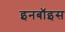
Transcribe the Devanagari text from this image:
इनबॉइस